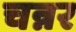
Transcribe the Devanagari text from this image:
चन्नर